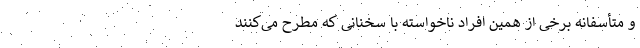
و متأسفانه برخی از همین افراد ناخواسته با سخنانی که مطرح می‌کنند